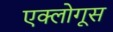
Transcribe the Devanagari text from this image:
एक्लोगूस